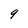
Character: 9